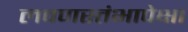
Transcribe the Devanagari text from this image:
लवणस्तंभापेक्षा